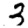
Digit: 3